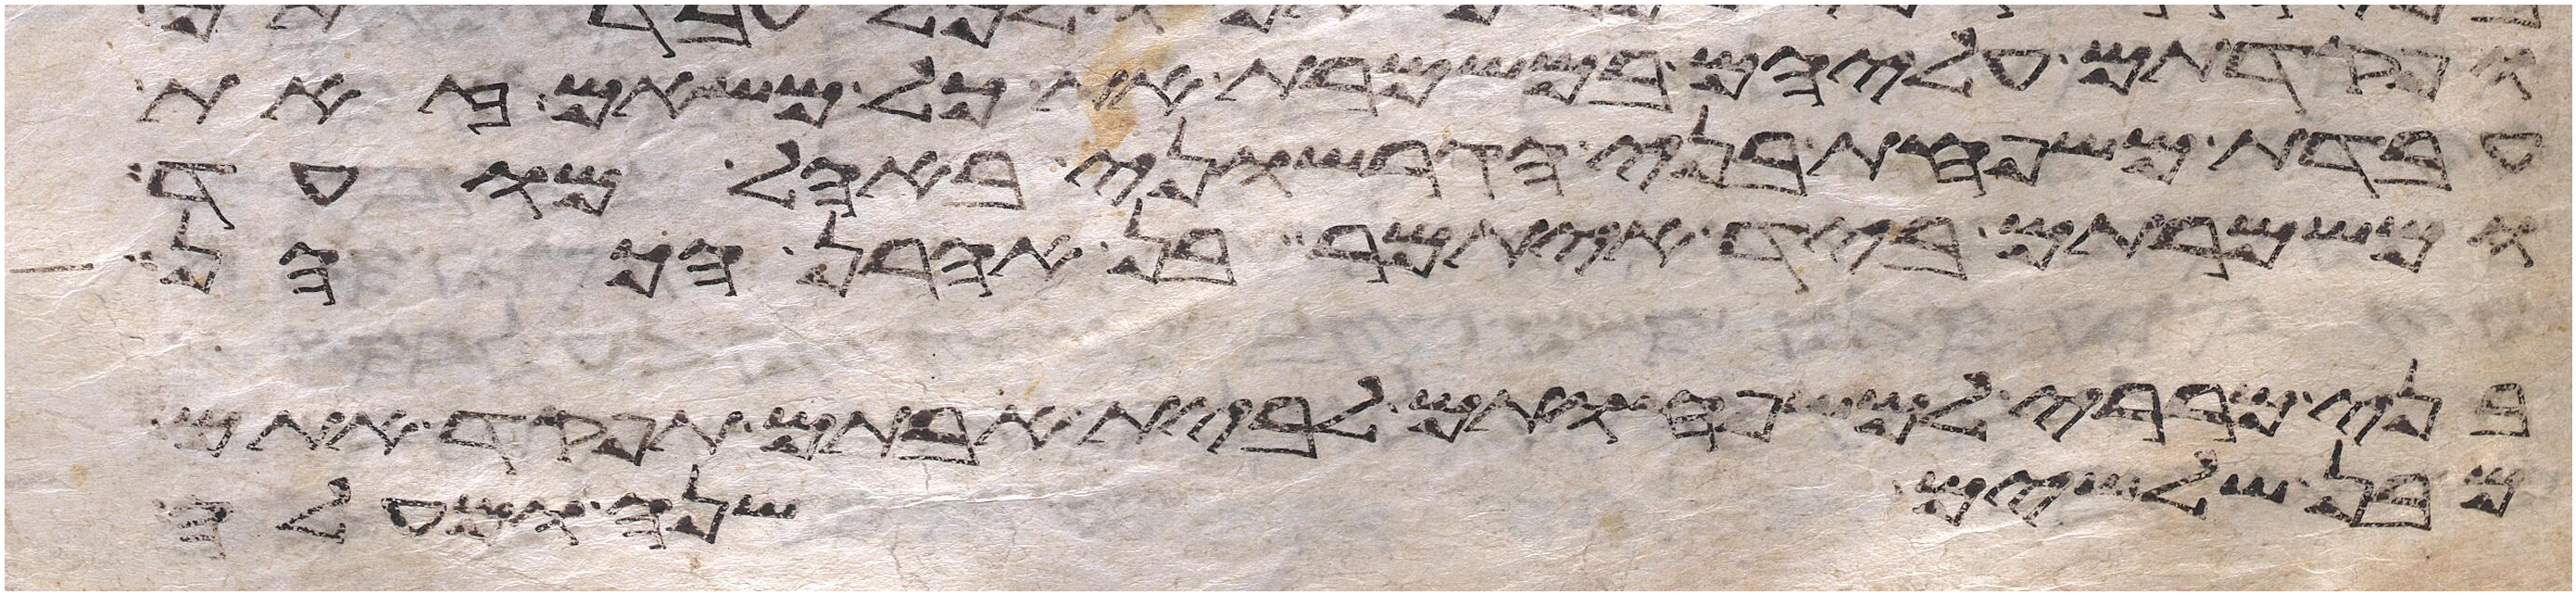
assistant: ופקדתם עליהם במשמרת את כל משאם זאת
עבדת משפחת בני הגרשוני באהל מועד
ומשמרתם ביד איתמר בן אהרן הכהן
בני מררי למשפחותם לבית אבותם תפקד אתם
מבן שלשים שנה ומעלה